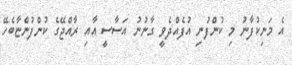
އެ މަނިކުފާނު މި ކުންފުނި އުފެއްދެވީ ގާނުނު އަސާސީ އާއި ރާއްޖޭގެ ކުންފުންޏާބެހޭ